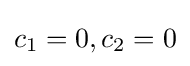
c_{1}=0,c_{2}=0